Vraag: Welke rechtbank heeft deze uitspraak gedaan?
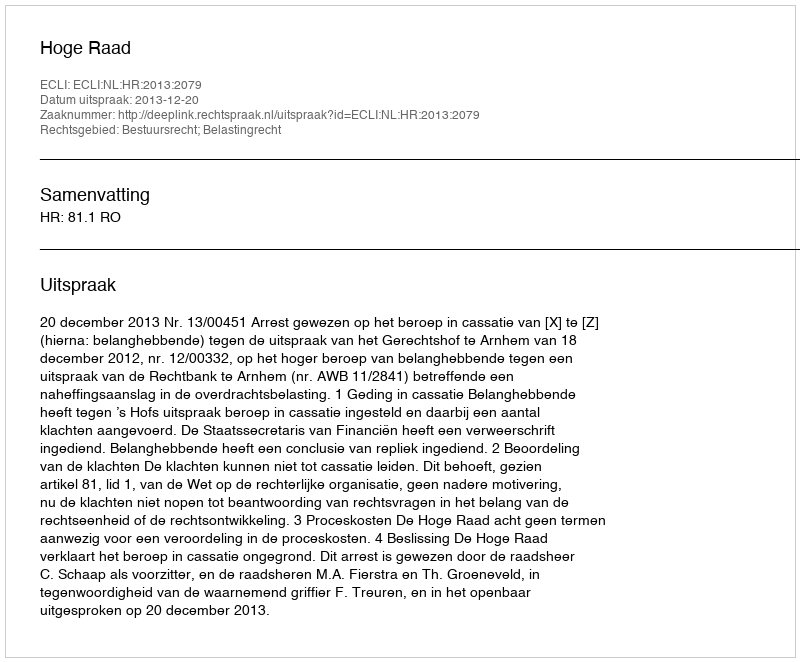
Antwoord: Hoge Raad